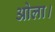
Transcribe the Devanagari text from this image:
ओला।